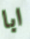
ابا